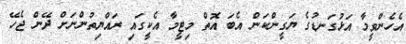
އެހެންވީމާ އަޅުގަނޑުގެ ޔަގީންކަން އެބަ އޮތް މިޓީމާ އެކީގައި ރައްޔިތުންނަށް ދޭން ޖެހޭ